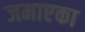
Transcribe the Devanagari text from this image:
जमाएका